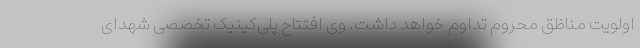
اولویت مناظق محروم تداوم خواهد داشت. وی افتتاح پلی‌کینیک تخصصی شهدای